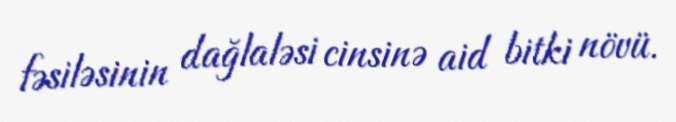
fəsiləsinin dağlaləsi cinsinə aid bitki növü.